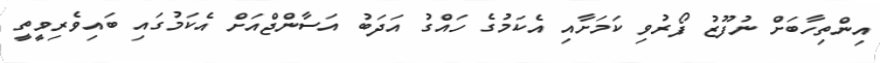
އިންތިހާބަށް ނުފޫޒު ފޯރުވި ކަމަށާއި އެކަމުގެ ހައްގު އަދަބު އަސާންޖްއަށް އެކަމުގައި ބައިވެރިވީތީ